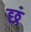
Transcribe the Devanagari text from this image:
छं